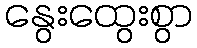
နွေးထွေးစွာ